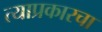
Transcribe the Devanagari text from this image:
त्याप्रकारचा